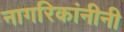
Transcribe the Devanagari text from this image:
नागरिकांनीनी